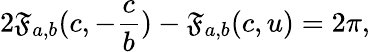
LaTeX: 2\mathfrak{F}_{a,b}(c,-\frac{{c}}{{b}})-\mathfrak{F}_{a,b}(c,u)=2\pi,